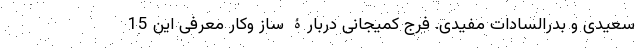
سعیدی و بدرالسادات مفیدی. فرج کمیجانی دربارۀ ساز وکار معرفی این 15